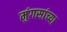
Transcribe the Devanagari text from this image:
मुंगसांच्या